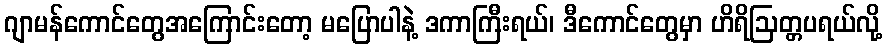
ဂျာမန်ကောင်တွေအကြောင်းတော့ မပြောပါနဲ့ ဒကာကြီးရယ်၊ ဒီကောင်တွေမှာ ဟိရိဩတ္တပရယ်လို့